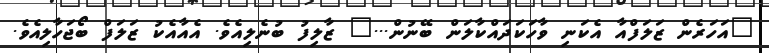
"އަހަރެން ޒަލަފްއާ އެކަނި ވާހަކަދައްކާލަން ބޭނުން..." ޒާލިފު ބުނެލިއެވެ. އެއާއެކު ޒަލަފް ބޯޖަހާލިއެވެ.